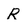
Character: R